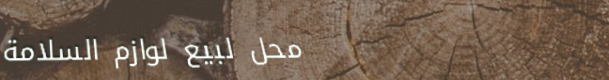
محل لبيع لوازم السلامة